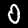
Digit: 0